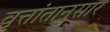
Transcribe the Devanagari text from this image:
वृत्तांतानुसार